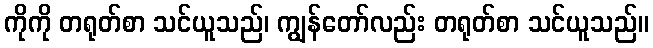
ကိုကို တရုတ်စာ သင်ယူသည်၊ ကျွန်တော်လည်း တရုတ်စာ သင်ယူသည်။